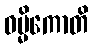
ဓမ္မိကောတိ